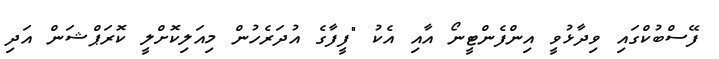
ފޭސްބުކްގައި ވިދާޅުވީ އިންފެންޓީނޯ އާއި އެކު "ފީފާގެ އުދަރެހުން މިއަލިކޮށްލީ ކޮރަޕްޝަން އަދި